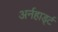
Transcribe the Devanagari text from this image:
अर्नहार्ड्ट